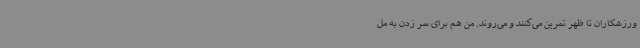
ورزشکاران تا ظهر تمرین می‌کنند و می‌روند. من هم برای سر زدن به مل